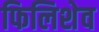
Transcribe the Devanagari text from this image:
फिलिशेव